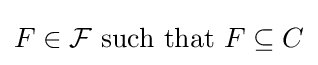
F\in {\mathcal {F}}{\text{ such that }}F\subseteq C